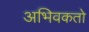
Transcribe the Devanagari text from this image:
अभिवकतो